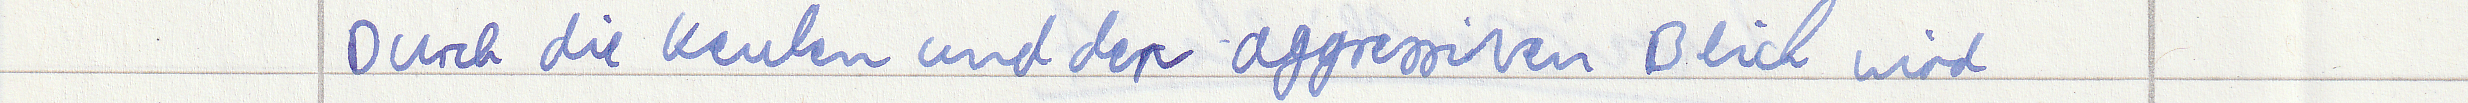
Durch die Keulen und den aggressiven Blick wird